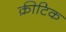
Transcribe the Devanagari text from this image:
क्रीटिक